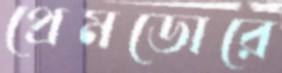
প্রেমডোরে